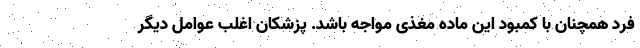
فرد همچنان با کمبود این ماده مغذی مواجه باشد. پزشکان اغلب عوامل دیگر